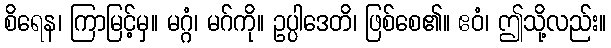
စိရေန၊ ကြာမြင့်မှ။ မဂ္ဂံ၊ မဂ်ကို။ ဥပ္ပါဒေတိ၊ ဖြစ်စေ၏။ ဧဝံ၊ ဤသို့လည်း။